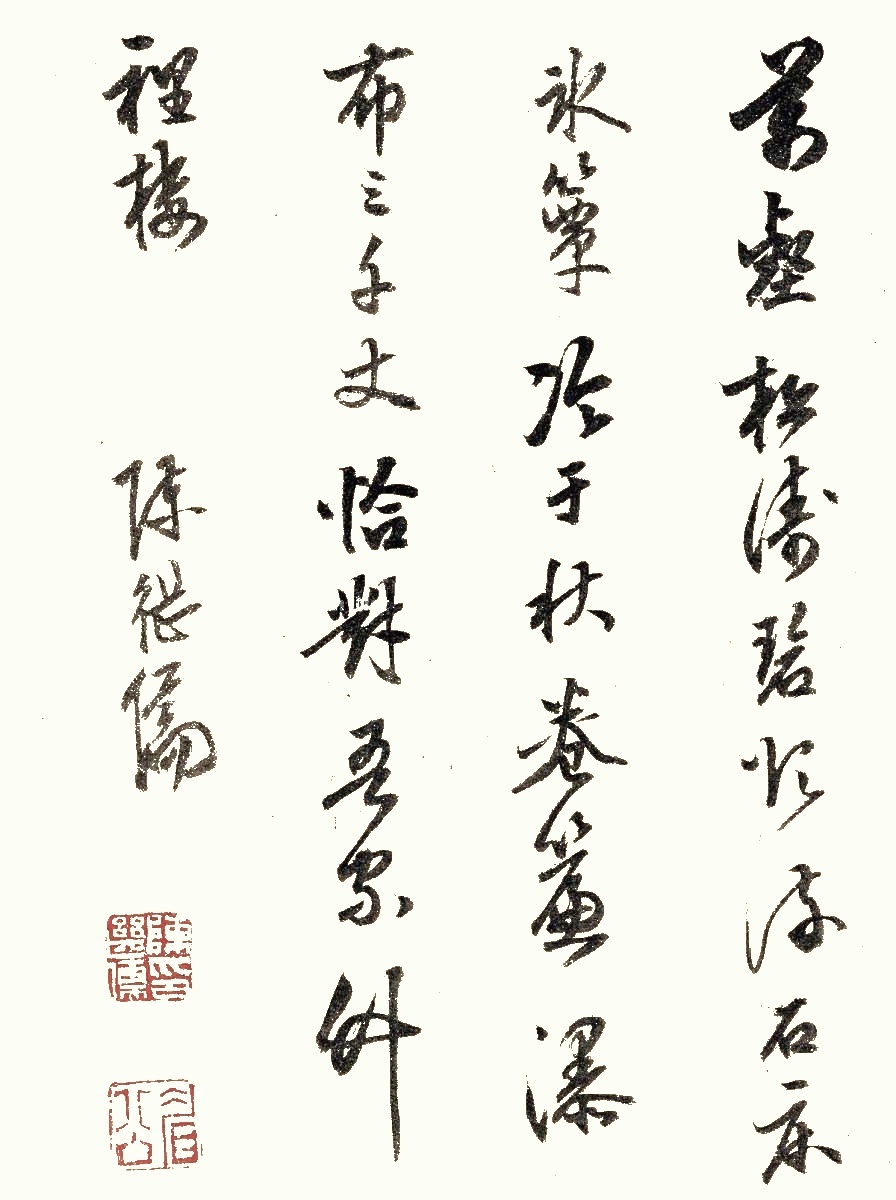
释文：万壑松涛碧欲流，石床冰簟冷于秋。卷帘瀑布三千丈，恰对吾家竹里楼。陈继儒。